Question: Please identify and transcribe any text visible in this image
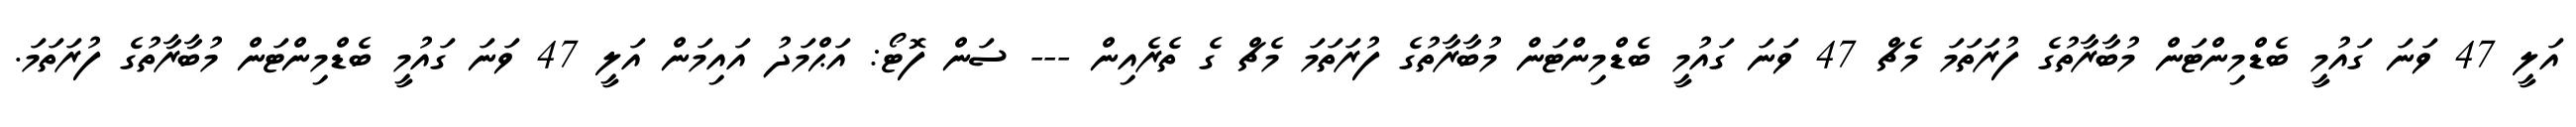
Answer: އަލީ 47 ވަނަ ގައުމީ ބެޑްމިންޓަން މުބާރާތުގެ ފުރަތަމަ މެޗް 47 ވަނަ ގައުމީ ބެޑްމިންޓަން މުބާރާތުގެ ފުރަތަމަ މެޗް ގެ ތެރެއިން --- ސަން ފޮޓޯ: އަޙްމަދު އައިމަން އަލީ 47 ވަނަ ގައުމީ ބެޑްމިންޓަން މުބާރާތުގެ ފުރަތަމަ.